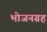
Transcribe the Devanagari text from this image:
भोजनग्रह